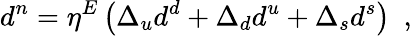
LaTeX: d^{n}=\eta^{E}\left(\Delta_{u}d^{d}+\Delta_{d}d^{u}+\Delta_{s}d^{s}\right)\enspace,